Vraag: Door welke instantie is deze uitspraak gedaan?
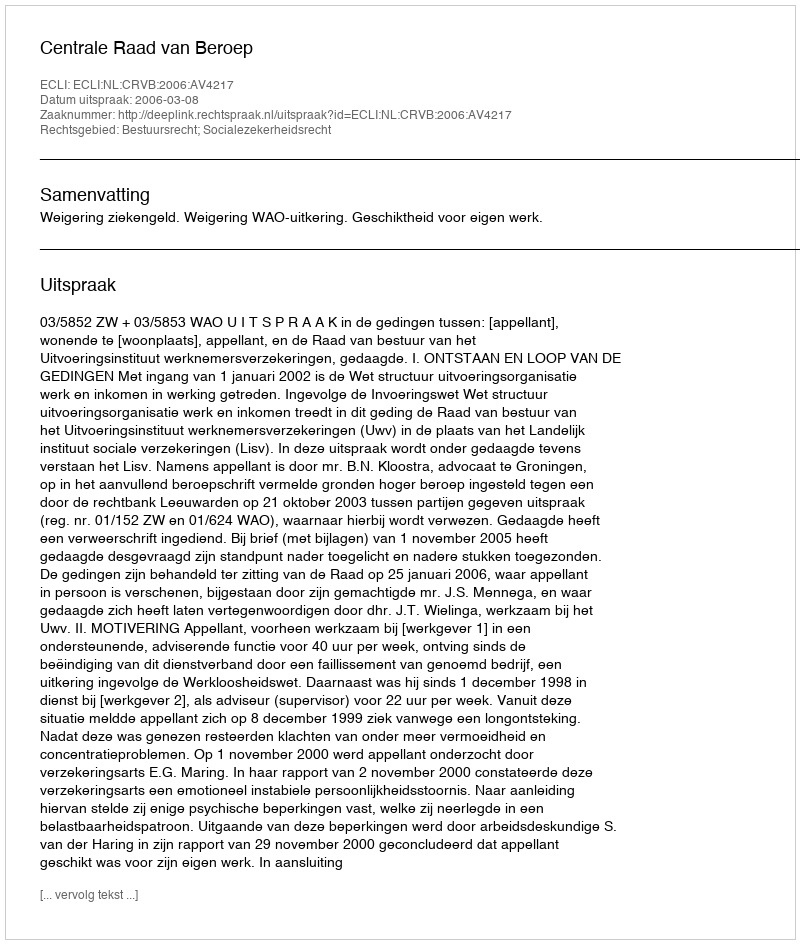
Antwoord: Centrale Raad van Beroep